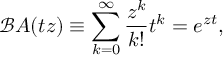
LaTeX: { \mathcal { B } } A ( t z ) \equiv \sum _ { k = 0 } ^ { \infty } { \frac { z ^ { k } } { k ! } } t ^ { k } = e ^ { z t } ,